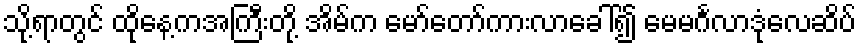
သို့ရာတွင် ထိုနေ့ကအကြီးတို့ အိမ်က မော်တော်ကားလာခေါ်၍ မေမင်္ဂလာဒုံလေဆိပ်